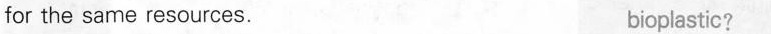
for the same resources. bioplastic?